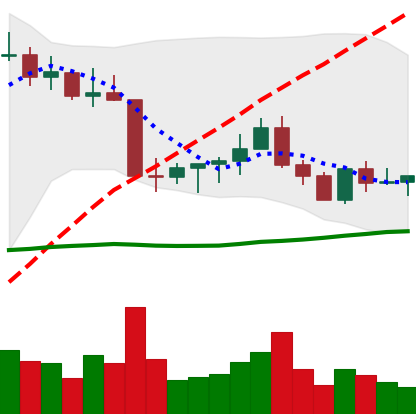
Ticker: ETC-USD
Chart end date: 2022-09-01
Forward return: 5.17%
Label: up_5_7